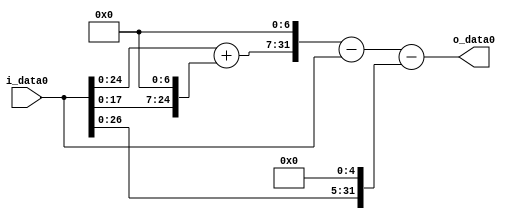
module multiplier_block (
    i_data0,
    o_data0
);

  // Port mode declarations:
  input   [31:0] i_data0;
  output  [31:0]
    o_data0;

  //Multipliers:

  wire [31:0]
    w1,
    w128,
    w129,
    w16512,
    w16511,
    w32,
    w16479;

  assign w1 = i_data0;
  assign w128 = w1 << 7;
  assign w129 = w1 + w128;
  assign w16479 = w16511 - w32;
  assign w16511 = w16512 - w1;
  assign w16512 = w129 << 7;
  assign w32 = w1 << 5;

  assign o_data0 = w16479;

  //multiplier_block area estimate = 5116.00311402059;
endmodule